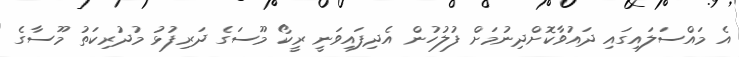
އެ މައްސަލައިގައި ދައުވާކޮށްދިނުމަށް ފުލުހުން އެދިފައިވަނީ ރީކޯ މޫސަގެ ދަރިފުޅު މުދުރިކަތު މޫސާގެ